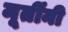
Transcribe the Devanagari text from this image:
मूर्तींनी